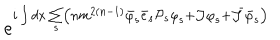
LaTeX: e ^ { i \int d x \sum _ { s } \left( n m ^ { 2 \left( n - 1 \right) } { \bar { \varphi } } _ { s } { \bar { e } } _ { s } { { \cal P } } _ { s } { \varphi } _ { s } + { \cal J } { \varphi } _ { s } + \bar { { \cal J } } { \bar { \varphi } } _ { s } \right) }